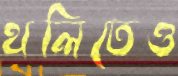
থলিতেও